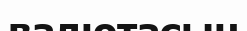
валютасын